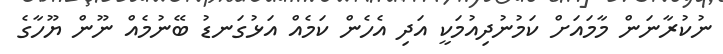
ނުކުރާނަން މާމައަށް ކަމުނުދިއުމަކީ އަދި އެހެން ކަމެއް އަޅުގަނޑު ބޭނުމެއް ނޫން ޔޫހާގެ